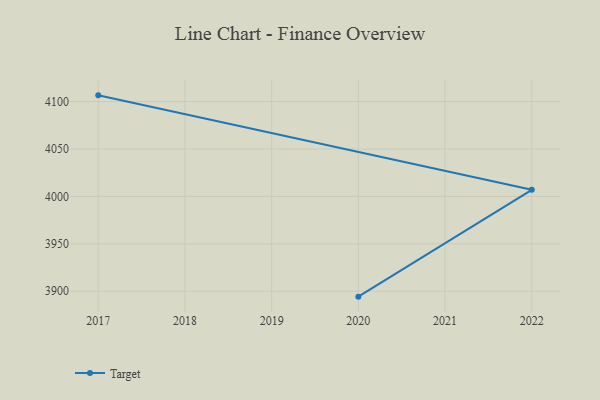
{"axis": {"x": "Year", "y": "Waste Production (Tons)"}, "legend": ["Target"], "data": [{"x": "2020", "y": 3894.3, "type": "Target"}, {"x": "2022", "y": 4007.0, "type": "Target"}, {"x": "2017", "y": 4106.6, "type": "Target"}]}